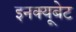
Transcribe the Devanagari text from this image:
इनक्यूबेट